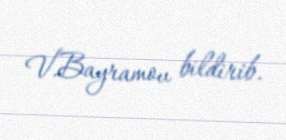
V.Bayramov bildirib.